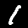
Label: 1